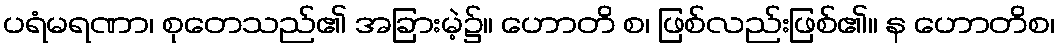
ပရံမရဏာ၊ စုတေသည်၏ အခြားမဲ့၌။ ဟောတိ စ၊ ဖြစ်လည်းဖြစ်၏။ န ဟောတိစ၊